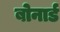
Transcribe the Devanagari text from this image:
बोनार्ड